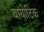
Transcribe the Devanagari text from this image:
वायोटिक